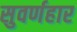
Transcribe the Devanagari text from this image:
सुवर्णहार